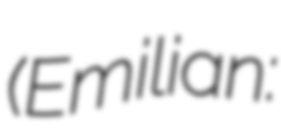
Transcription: (Emilian: